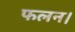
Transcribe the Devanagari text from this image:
फलन।